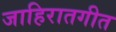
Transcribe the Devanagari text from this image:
जाहिरातगीत